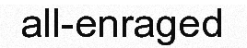
all-enraged